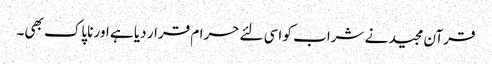
قرآن مجید نے شراب کو اسی لئے حرام قرار دیا ہے اور ناپاک بھی۔